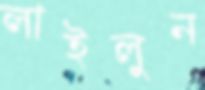
লাইলুন